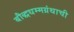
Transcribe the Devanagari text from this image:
बौद्धधम्मग्रंथाची